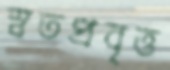
স্বতপ্রবৃত্ত